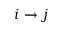
i \rightarrow j